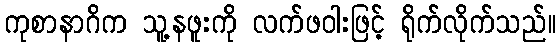
ကုစာနာဂိက သူ့နဖူးကို လက်ဖဝါးဖြင့် ရိုက်လိုက်သည်။